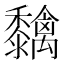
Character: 𮮓